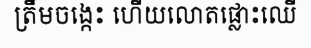
ត្រឹមចង្កេះ ហើយលោតផ្លោះឈើ